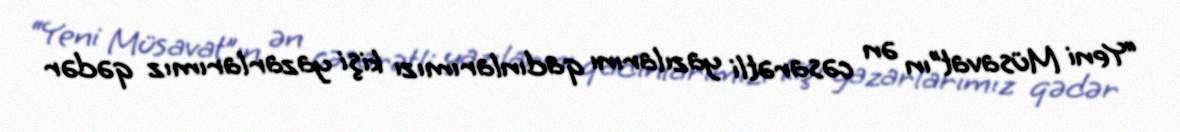
“Yeni Müsavat”ın ən cəsarətli yazılarını qadınlarımızı kişi yazarlarımız qədər